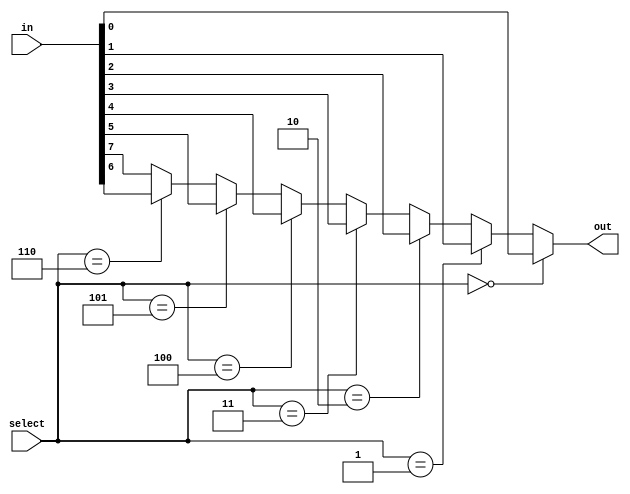
module mux_example_1
  (
   input wire [7:0] in,
   input wire [2:0] select,
   output wire      out
   );
   
   /*
    The purpose of this module is to explore the differences between
    implementing an 8-to-1 multiplexer using case statements, nested assignment
    statements, and nested if-else statements

    This design ends up being synthesized as a long chain of seven 2-to-1
    multiplexers which is interesting.
    */

   assign out = (select == 3'b000) ? in[0] :
                (select == 3'b001) ? in[1] :
                (select == 3'b010) ? in[2] :
                (select == 3'b011) ? in[3] :
                (select == 3'b100) ? in[4] :
                (select == 3'b101) ? in[5] :
                (select == 3'b110) ? in[6] : in[7];

endmodule // mux_example_1